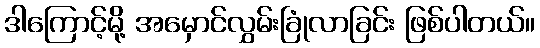
ဒါကြောင့်မို့ အမှောင်လွှမ်းခြုံလာခြင်း ဖြစ်ပါတယ်။